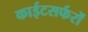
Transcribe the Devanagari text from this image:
काईटसर्फरों